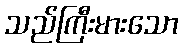
သည်ကြီးမားသော